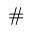
\#